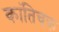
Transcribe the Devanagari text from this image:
कांतिचक्र